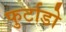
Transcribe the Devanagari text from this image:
फुर्टाडो